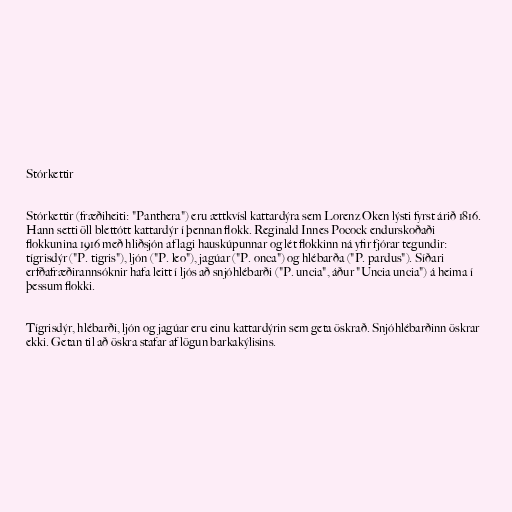
Stórkettir

Stórkettir (fræðiheiti: "Panthera") eru ættkvísl kattardýra sem Lorenz Oken lýsti fyrst árið 1816.
Hann setti öll blettótt kattardýr í þennan flokk. Reginald Innes Pocock endurskoðaði
flokkunina 1916 með hliðsjón af lagi hauskúpunnar og lét flokkinn ná yfir fjórar tegundir:
tígrisdýr ("P. tigris"), ljón ("P. leo"), jagúar ("P. onca") og hlébarða ("P. pardus"). Síðari
erfðafræðirannsóknir hafa leitt í ljós að snjóhlébarði ("P. uncia", áður "Uncia uncia") á heima í
þessum flokki.

Tígrisdýr, hlébarði, ljón og jagúar eru einu kattardýrin sem geta öskrað. Snjóhlébarðinn öskrar
ekki. Getan til að öskra stafar af lögun barkakýlisins.